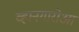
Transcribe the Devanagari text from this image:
व्हानगारोआ